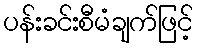
ပန်းခင်းစီမံချက်ဖြင့်